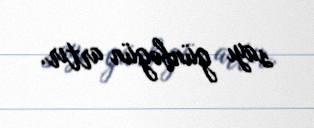
sayı günbəgün artır.